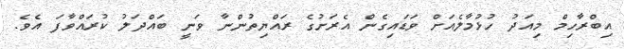
އިބްރާހިމް މިއަދު ހުޅުމާލެއަށް ވަޑައިގެން އެރަށުގެ ރައްޔިތުންނާ ވަނީ ބައްދަލު ކުރައްވާފަ އެވެ.